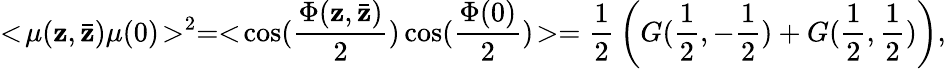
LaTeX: <\! \mu(\mathbf{z},\bar{{\mathbf{z}}})\mu(0)\! >^{2}=<\! \cos({\frac{{\Phi(\mathbf{z},\bar{{\mathbf{z}}})}}{{2}}})\cos({\frac{{\Phi(0)}}{{2}}})\! >={\frac{{1}}{{2}}}\left(G({\frac{{1}}{{2}}},-{\frac{{1}}{{2}}})+G({\frac{{1}}{{2}}},{\frac{{1}}{{2}}})\right),